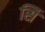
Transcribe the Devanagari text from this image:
सिं